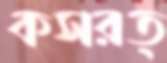
কসরত্